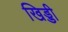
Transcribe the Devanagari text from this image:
खिड्डी